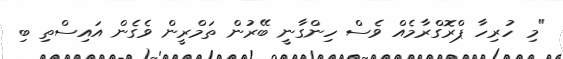
"މި ހުރިހާ ޕްރޮގްރާމެއް ވެސް ހިންގާނީ ބޭރުން ތަމްރީން ވެގެން އައިސްތި ބި